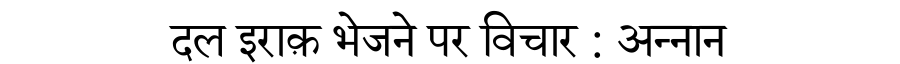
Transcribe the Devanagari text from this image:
दल इराक़ भेजने पर विचार : अन्नान